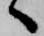
へ